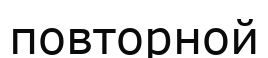
повторной